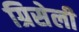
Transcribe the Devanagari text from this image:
ग्रिसेली